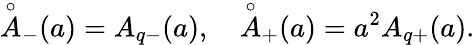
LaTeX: {\mathop{A}^{\circ}}_{-}(a)=A_{q-}(a),\quad{\mathop{A}^{\circ}}_{+}(a)=a^{2}A_{q+}(a).